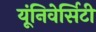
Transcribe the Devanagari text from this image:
यूंनिवेर्सिटी